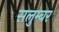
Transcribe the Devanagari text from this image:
सलुम्‍बर